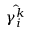
\hat { \gamma _ { i } ^ { k } }